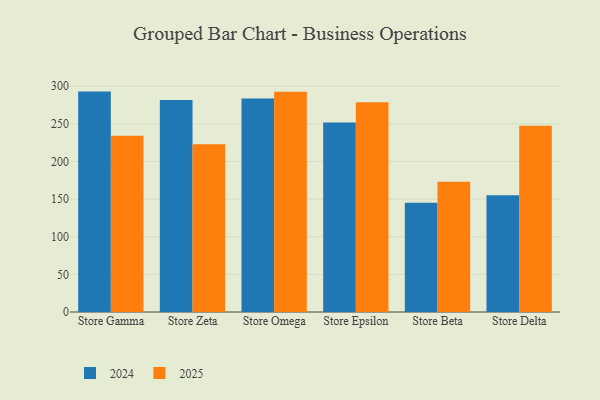
{"axis": {"x": "Store", "y": "Churn Rate (%)"}, "legend": ["2024", "2025"], "data": [{"x": "Store Gamma", "y": 292.9, "type": "2024"}, {"x": "Store Gamma", "y": 234.1, "type": "2025"}, {"x": "Store Zeta", "y": 281.8, "type": "2024"}, {"x": "Store Zeta", "y": 222.8, "type": "2025"}, {"x": "Store Omega", "y": 283.6, "type": "2024"}, {"x": "Store Omega", "y": 292.7, "type": "2025"}, {"x": "Store Epsilon", "y": 252.0, "type": "2024"}, {"x": "Store Epsilon", "y": 278.7, "type": "2025"}, {"x": "Store Beta", "y": 145.1, "type": "2024"}, {"x": "Store Beta", "y": 173.0, "type": "2025"}, {"x": "Store Delta", "y": 155.3, "type": "2024"}, {"x": "Store Delta", "y": 247.4, "type": "2025"}]}